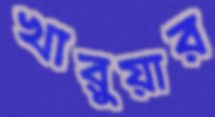
খারুয়ার